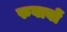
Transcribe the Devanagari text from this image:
रुवाबों